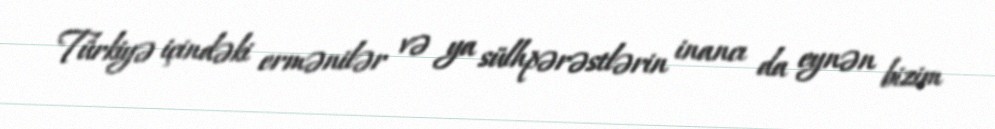
Türkiyə içindəki ermənilər və ya sülhpərəstlərin inancı da eynən bizim